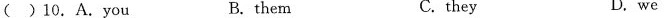
( )10.A.you B. them C. they D. we